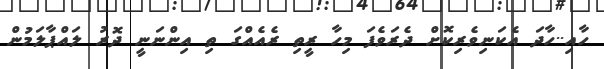
ހާއި..ހާދަ އެކަނިވެރިކޮށް ދެރަވެފަ މިހާ ރީތި ރެއެއްގަ ތި އިންނަނީ ދޮރު ލައްޕާލަމުން